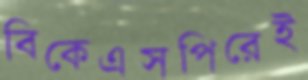
বিকেএসপিরেই